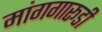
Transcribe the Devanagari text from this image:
मांगगारूडी